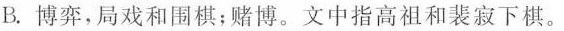
B.博弈，局戏和围棋；赌博。文中指高祖和裴寂下棋。